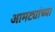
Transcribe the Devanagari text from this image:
आमट्यांच्या